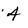
Character: 4